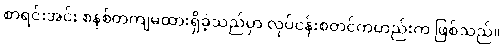
စာရင်းအင်း စနစ်တကျမထားရှိခဲ့သည်မှာ လုပ်ငန်းစတင်ကတည်းက ဖြစ်သည်။